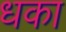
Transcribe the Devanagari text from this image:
धका